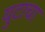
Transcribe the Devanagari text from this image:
युटाचा